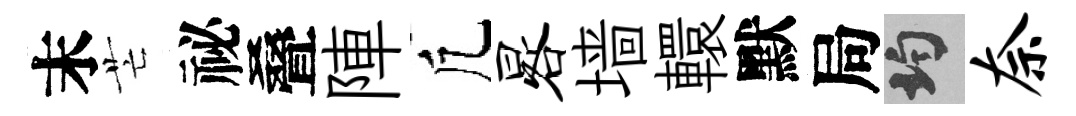
末芒祕叠陣凢晷墙轘默局均奈